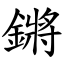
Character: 鏘